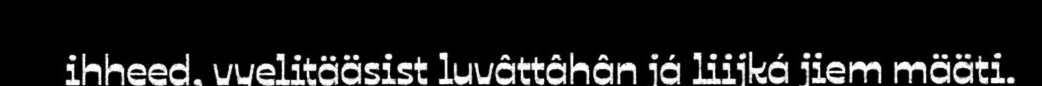
ihheed, vyelitääsist luvâttâhân já liijká jiem määti.